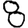
Digit: 8